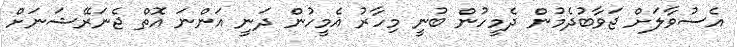
އެސުވާލަށް ޖަވާބުދެމުން ދެމީހުން ބުނީ މިހާރު އެމީހުން ދަނީ އަންނަ އޮތް ޖެނަރޭޝަނަށް